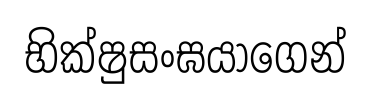
භික්ෂුසංඝයාගෙන්